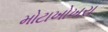
મોટાખોખરા